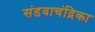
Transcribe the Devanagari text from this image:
संडवाचंद्रिका